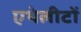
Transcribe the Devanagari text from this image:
एथेलीटों